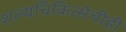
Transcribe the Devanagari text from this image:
शल्यचिकित्सेचीही